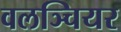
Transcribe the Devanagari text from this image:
वलञ्चियर